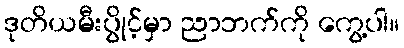
ဒုတိယမီးပွိုင့်မှာ ညာဘက်ကို ကွေ့ပါ။